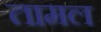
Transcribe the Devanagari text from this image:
तामल